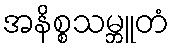
အနိစ္စသမ္ဘူတံ